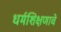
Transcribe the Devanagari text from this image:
धर्मशिक्षणाचे